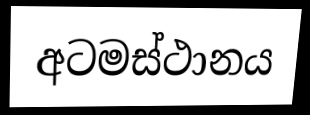
අටමස්ථානය